Papers set at the Examination for Leaving Certificates, 1895
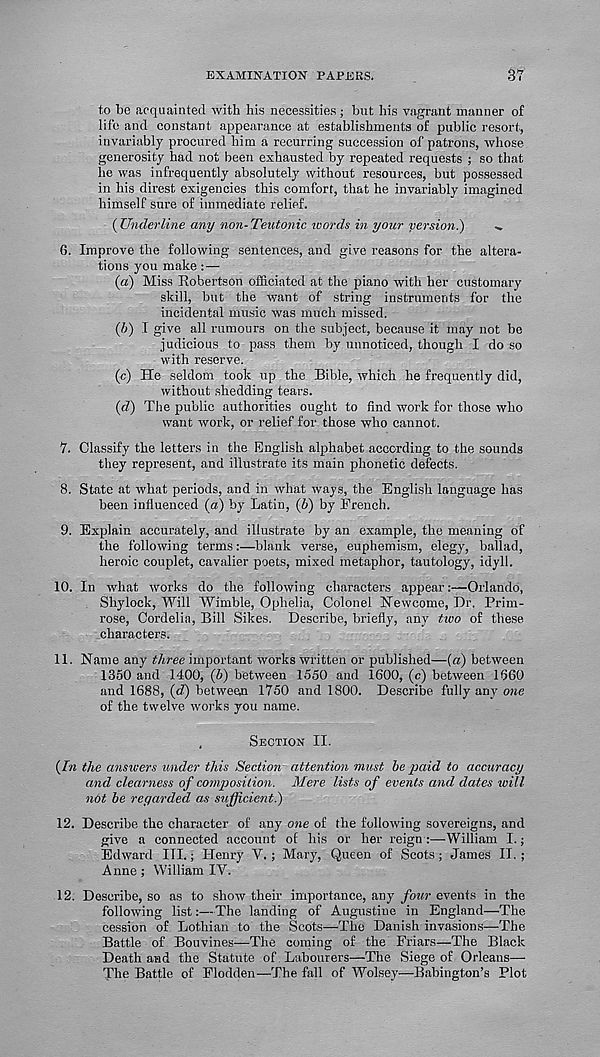
EXAMINATION PAPERS.
37
to be acquainted with his necessities; but his vagrant manner of
life and constant appearance at establishments of public resort,
invariably procured him a recurring succession of patrons, whose
generosity had not been exhausted by repeated requests ; so that
he was infrequently absolutely without resources, but possessed
in his direst exigencies this comfort, that he invariably imagined
himself sure of immediate relief.
(Underline any non-Teutonic words in your version.)
..
6. Improve the following sentences, and give reasons for the altera-
tions you make:—
(a) Miss Robertson officiated at the piano with her customary
skill, but the want of string instruments for the
incidental music was much missed.
(J>) I give all rumours on the subject, because it may not be
judicious to pass them by unnoticed, though I do so
with reserve.
(c) He seldom took up the Bible, which he frequently did,
without shedding tears.
(d) The public authorities ought to find work for those who
want work, or relief for those who cannot.
7. Classify the letters in the English alphabet according to the sounds
they represent, and illustrate its main phonetic defects.
8. State at what periods, and in what ways, the English language has
been influenced (a) by Latin, (6) by French.
9. Explain accurately, and illustrate by an example, the meaning of
the following terms:—blank verse, euphemism, elegy, ballad,
heroic couplet, cavalier poets, mixed metaphor, tautology, idyll.
10. In what works do the following characters appear:—Orlando,
Shy lock, Will Wimble, Ophelia, Colonel Newcome, Dr. Prim-
rose, Cordelia, Bill Sikes. Describe, briefly, any tivo of these
characters.
11. Name any three important works written or published—(a) between
1350 and 1400, (b) between 1550 and 1600, (c) between 1660
and 1688, (d) between 1750 and 1800. Describe fully any one
of the twelve works you name.
,
Section II.
(In the answers under this Section attention must be paid to accuracy
and clearness of composition. Mere lists of events and dates will
not be regarded as sufficient.)
12. Describe the character of any one of the following sovereigns, and
give a connected account of his or her reign :—William I.;
Edward III.; Henry V.; Mary, Queen of Scots; James II.;
Anne ; William IY.
12. Describe, so as to show their importance, any four events in the
following list:—The landing of Augustine in England—The
cession of Lothian to the Scots—The Danish invasions—The
Battle of Bouvines—The coming of the Friars—The Black
Death and the Statute of . Labourers—The Siege of Orleans—
The Battle of Flodden—The fall of Wolsey—Babington’s Plot